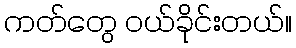
ကတ်တွေ ဝယ်ခိုင်းတယ်။